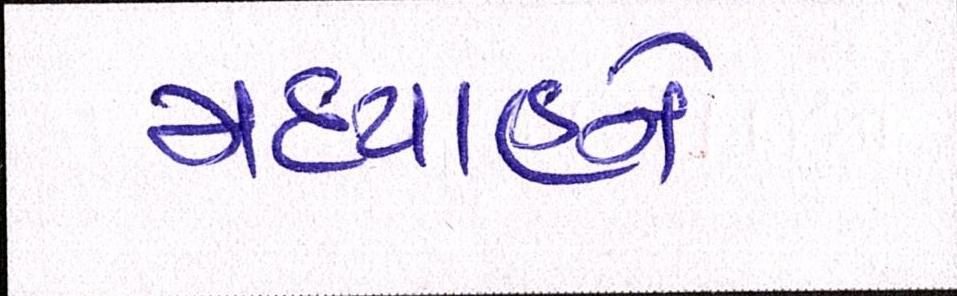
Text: મધ્યાહ્ને